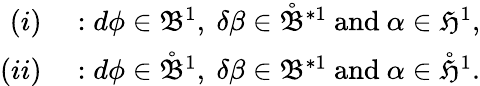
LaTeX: \begin{array}{rl}{(i)}&{{}:d\phi\in\mathfrak{B}^{1},\ \delta\beta\in\mathring{\mathfrak{B}}^{\ast 1}\ \mathrm{and}\ \alpha\in\mathfrak{H}^{1},}\\ {(ii)}&{{}:d\phi\in\mathring{\mathfrak{B}}^{1},\ \delta\beta\in\mathfrak{B}^{\ast 1}\ \mathrm{and}\ \alpha\in\mathring{\mathfrak{H}}^{1}.}\end{array}